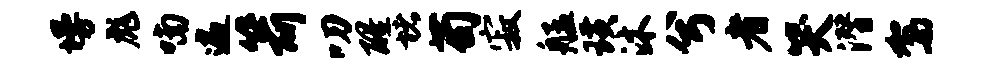
墁彪喃遍箭叨醒堵苟寂艋璜沐兮者哭潜驾